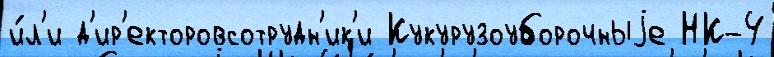
и́л'и д'ир'екторовсотрудн'ик'и Кукурузоуборочныjе НК-4